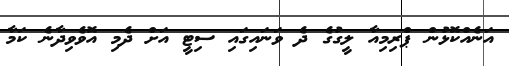
އަނެއްކޮޅުން ޕްރިމިއާ ލީގުގެ ދެ ވަނައިގައި ސިޓީ އަށް ދެމި އޮވެވިދާނެ ކަމާ